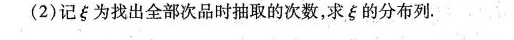
(2)记ξ为找出全部次品时抽取的次数，求ξ的分布列。